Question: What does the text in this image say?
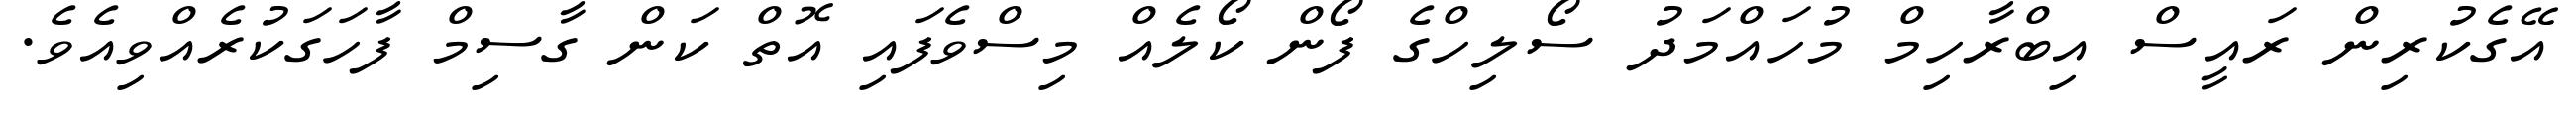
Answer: އޭގެކުރިން ރައީސް އިބްރާހިމް މުހައްމަދު ސޯލިހްގެ ފޯން ކޯލެއް މިސްވެފައި އޮތް ކަން ގާސިމް ފާހަގަކުރެއްވިއެވެ.